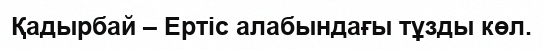
Қадырбай – Ертіс алабындағы тұзды көл.